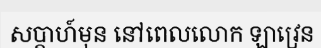
សប្តាហ៍មុន នៅពេលលោក ឡាវ្រេន